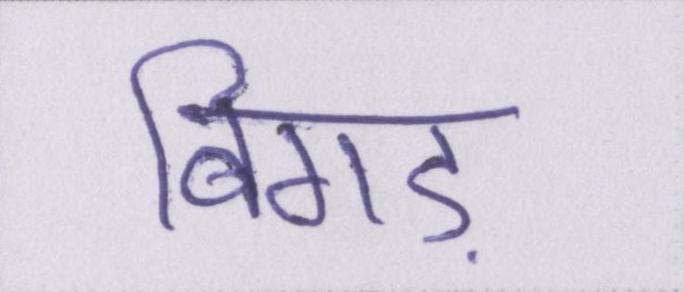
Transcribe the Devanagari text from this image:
बिगड़